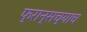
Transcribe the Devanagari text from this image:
फ्रान्सच्याच